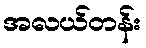
အလယ်တန်း